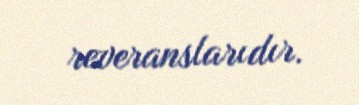
reveranslarıdır.